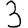
Digit: 3